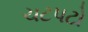
ચટપટો